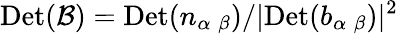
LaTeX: \mathrm{Det}({\cal B})=\mathrm{Det}(n_{\alpha\; \beta})/|\mathrm{Det}(b_{\alpha\; \beta})|^{2}